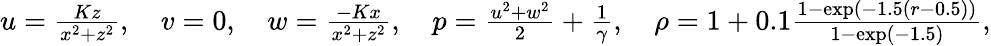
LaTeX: \begin{array}{r}{u=\frac{Kz}{x^{2}+z^{2}},\quad v=0,\quad w=\frac{-Kx}{x^{2}+z^{2}},\quad p=\frac{u^{2}+w^{2}}{2}+\frac{1}{\gamma},\quad\rho=1+0.1\frac{1-\exp(-1.5(r-0.5))}{1-\exp(-1.5)},}\end{array}